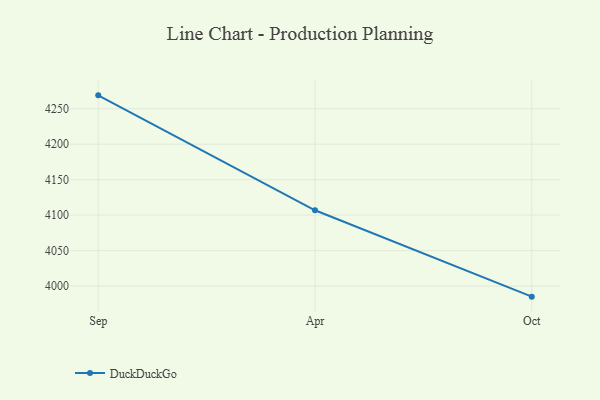
{"axis": {"x": "Month", "y": "Net Income (USD K)"}, "legend": ["DuckDuckGo"], "data": [{"x": "Sep", "y": 4268.9, "type": "DuckDuckGo"}, {"x": "Apr", "y": 4106.9, "type": "DuckDuckGo"}, {"x": "Oct", "y": 3985.1, "type": "DuckDuckGo"}]}